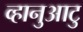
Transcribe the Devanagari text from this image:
व्हानुआटु